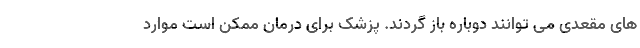
های مقعدی می توانند دوباره باز گردند. پزشک برای درمان ممکن است موارد